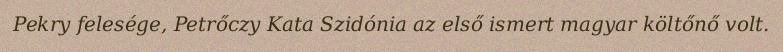
Pekry felesége, Petrőczy Kata Szidónia az első ismert magyar költőnő volt.